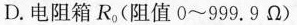
D. 电阻箱R(阻值0~999。9Ω)